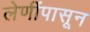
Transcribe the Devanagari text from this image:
लेणींपासून